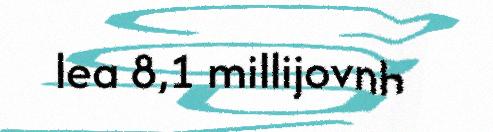
lea 8,1 millijovnh